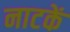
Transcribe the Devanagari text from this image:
नाटकें